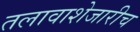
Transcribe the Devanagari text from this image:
तलावाशेजारीच